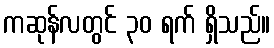
ကဆုန်လတွင် ၃၀ ရက် ရှိသည်။